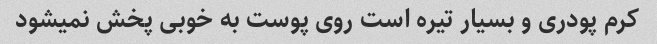
کرم پودری و بسیار تیره است روی پوست به خوبی پخش نمیشود